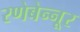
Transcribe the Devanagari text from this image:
रणेबेन्नूर